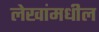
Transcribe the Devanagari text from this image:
लेखांमधील